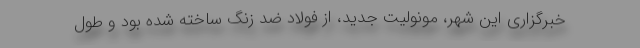
خبرگزاری این شهر، مونولیت جدید، از فولاد ضد زنگ ساخته شده بود و طول